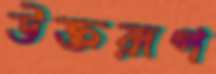
উক্তরূপ